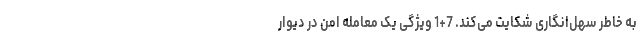
به خاطر سهل‌انگاری شکایت می‌کند. 7+1 ویژگی یک معامله امن در دیوار